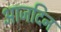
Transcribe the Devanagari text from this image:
आजदिन